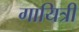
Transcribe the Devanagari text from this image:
गायित्री